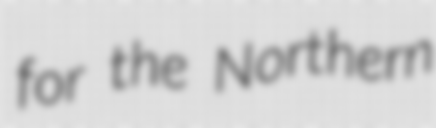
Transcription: for the Northern